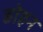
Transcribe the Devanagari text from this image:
डोहन